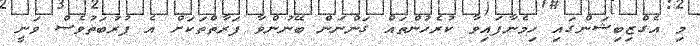
މި އެގްޒިބިޝަންގައި ހިމެނާފައިވާ ކުރެހުންތައް ގަންނަން ބޭނުންވާ ފަރާތްތަކަށް އެ ފުރުބަތުވެސް ވަނީ